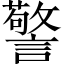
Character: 警